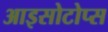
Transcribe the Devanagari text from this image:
आइसोटोप्स